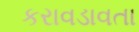
કરાવડાવતા